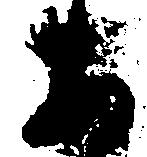
あ